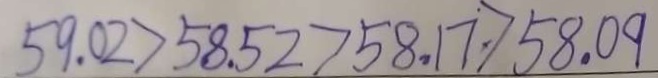
5 9 . 0 2 > 5 8 . 5 2 > 5 8 . 1 7 > 5 8 . 0 9